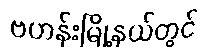
ဗဟန်းမြို့နယ်တွင်